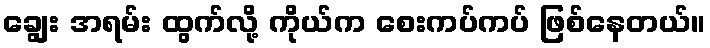
ချွေး အရမ်း ထွက်လို့ ကိုယ်က စေးကပ်ကပ် ဖြစ်နေတယ်။